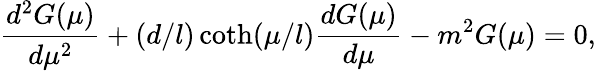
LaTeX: \frac{d^{2}G(\mu)}{d\mu^{2}}+(d/l)\coth(\mu/l)\frac{dG(\mu)}{d\mu}-m^{2}G(\mu)=0,